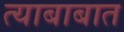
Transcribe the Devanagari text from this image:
त्याबाबात